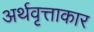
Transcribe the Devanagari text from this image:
अर्थवृत्ताकार